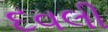
દવલી